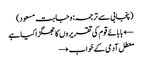
(پنجابی سے ترجمہ: وجاہت مسعود)
← بابائے قوم کی تقریروں کا جھگڑا کیا ہے
معطل آدمی کے خواب →